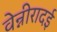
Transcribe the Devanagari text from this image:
वेन्नीरादई